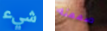
شيء صممته